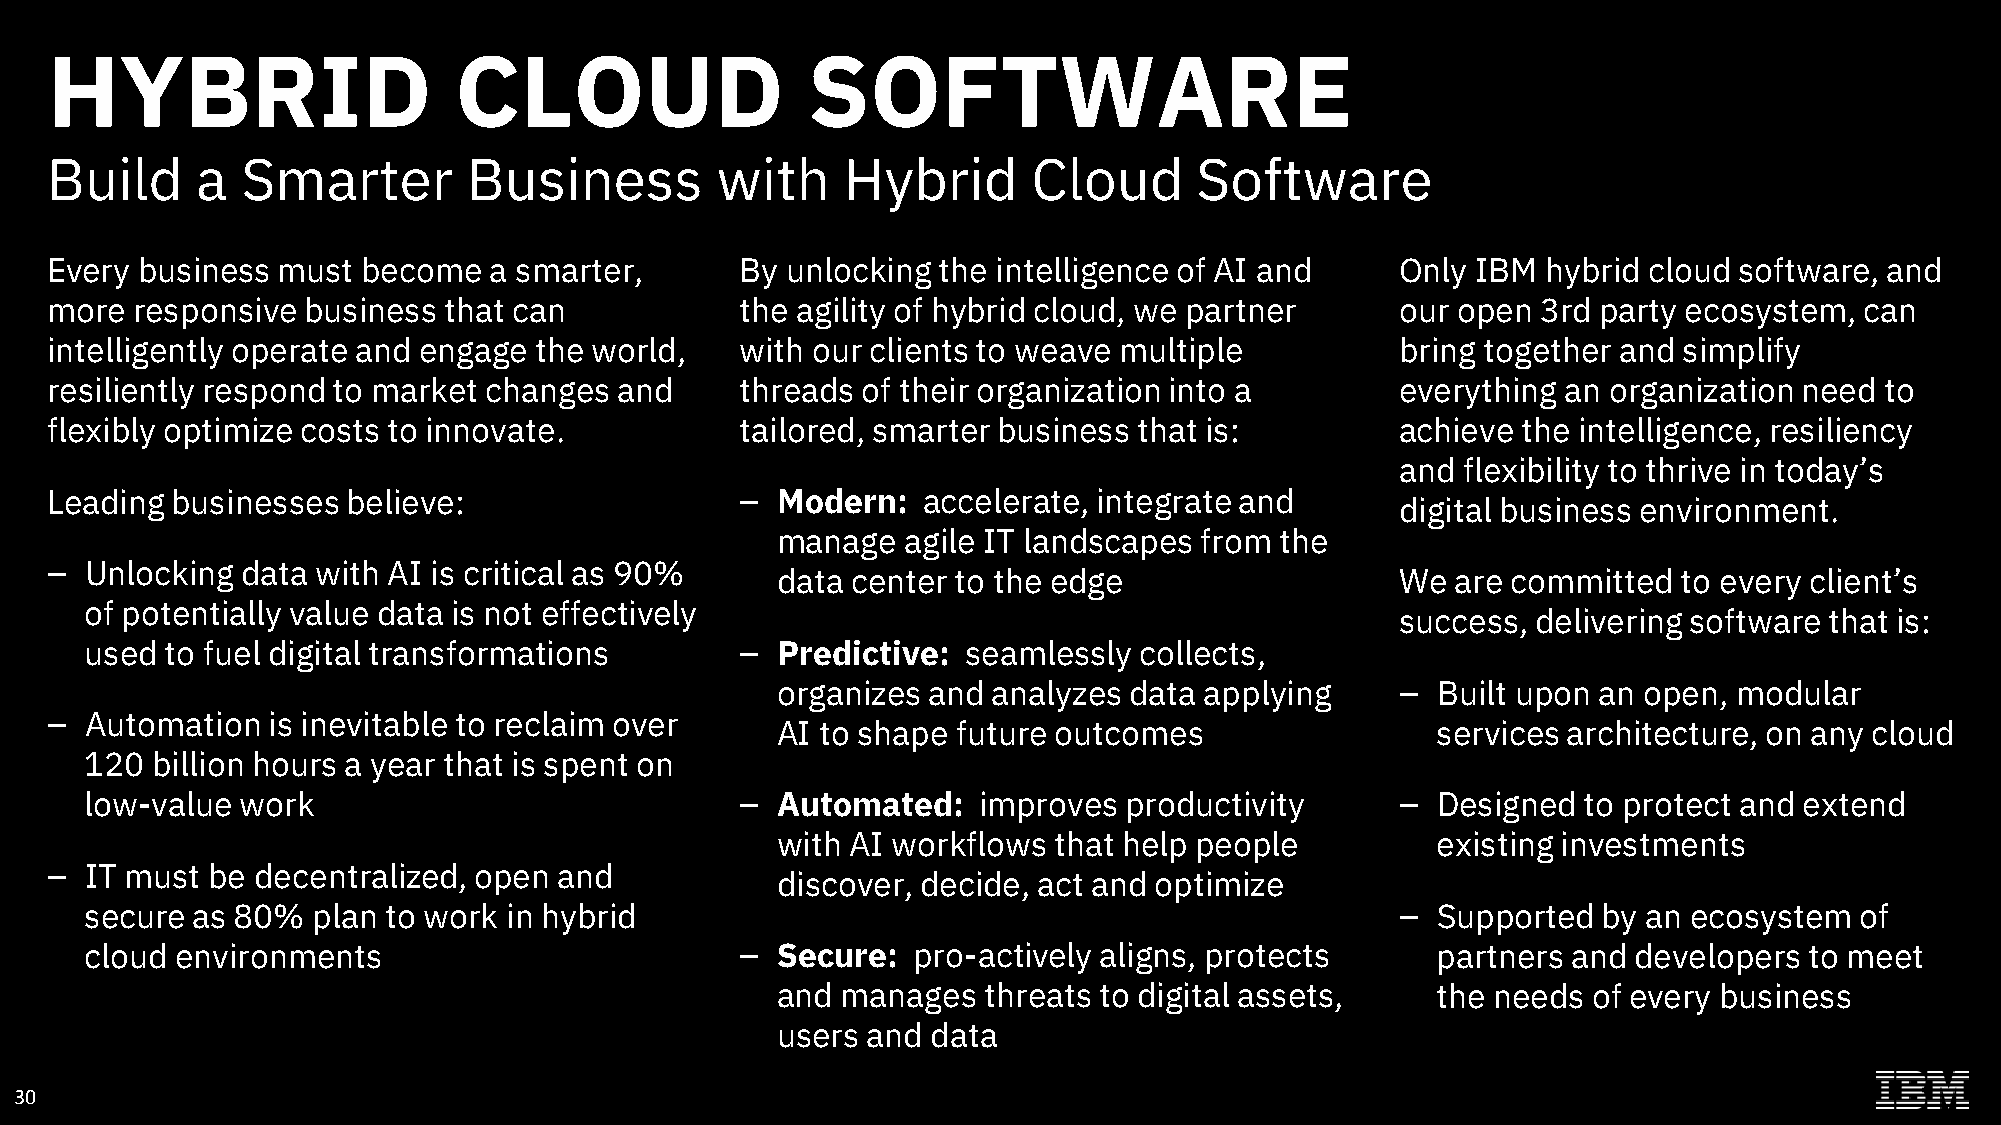
HYBRID                     CLOUD                  SOFTWARE
 Intelligent. Resilient. Flexible.
 Build     a  Smarter        Business        with     Hybrid      Cloud      Software
 Every business must  become  a smarter,       By unlocking the intelligence of AI and     Only IBM hybrid cloud software, and
 more  responsive business that can            the agility of hybrid cloud, we partner     our open 3rd party ecosystem, can
 intelligently operate and engage the world,   with our clients to weave multiple          bring together and simplify
 resiliently respond to market changes and     threads of their organization into a        everything an organization need to
 flexibly optimize costs to innovate.          tailored, smarter business that is:         achieve the intelligence, resiliency
 and flexibility to thrive in today’s
 Leading businesses  believe:                  – Modern:   accelerate, integrate and
 digital business environment.
 manage   agile IT landscapes from the
 –  Unlocking data with AI is critical as 90%
 data center to the edge                   We are committed  to every client’s
 of potentially value data is not effectively
 success, delivering software that is:
 used to fuel digital transformations       – Predictive:  seamlessly collects,
 organizes and  analyzes data applying     – Built upon an open, modular
 –  Automation  is inevitable to reclaim over
 AI to shape future outcomes                 services architecture, on any cloud
 120 billion hours a year that is spent on
 low-value work                             – Automated:    improves productivity       – Designed  to protect and extend
 with AI workflows  that help people         existing investments
 –  IT must be decentralized, open and
 discover, decide, act and optimize
 secure as 80%  plan to work in hybrid                                                  – Supported  by an ecosystem  of
 cloud environments                         – Secure:  pro-actively aligns, protects      partners and developers  to meet
 and  manages  threats to digital assets,    the needs of every business
 users and  data
 30